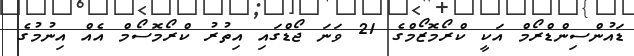
ޑައުންސިންޑްރޯމް އަކީ ކްރޯމޮޒޯމްގެ 21 ވަނަ ޖޯޑްގައި އިތުރު ކްރޯމޮސޯމް އެއް އިނުމުގެ